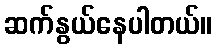
ဆက်နွယ်နေပါတယ်။